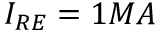
I _ { R E } = 1 M A